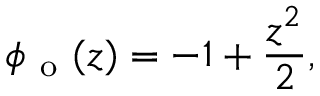
\phi _ { \mathrm { ~ o ~ } } ( z ) = - 1 + \frac { z ^ { 2 } } { 2 } ,